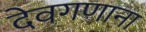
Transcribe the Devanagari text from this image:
देवगणाना